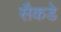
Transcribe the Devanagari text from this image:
सैकडे